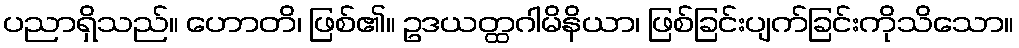
ပညာရှိသည်။ ဟောတိ၊ ဖြစ်၏။ ဥဒယတ္ထဂါမိနိယာ၊ ဖြစ်ခြင်းပျက်ခြင်းကိုသိသော။